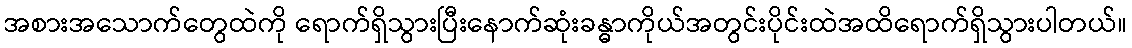
အစားအသောက်တွေထဲကို ရောက်ရှိသွားပြီးနောက်ဆုံးခန္ဓာကိုယ်အတွင်းပိုင်းထဲအထိရောက်ရှိသွားပါတယ်။